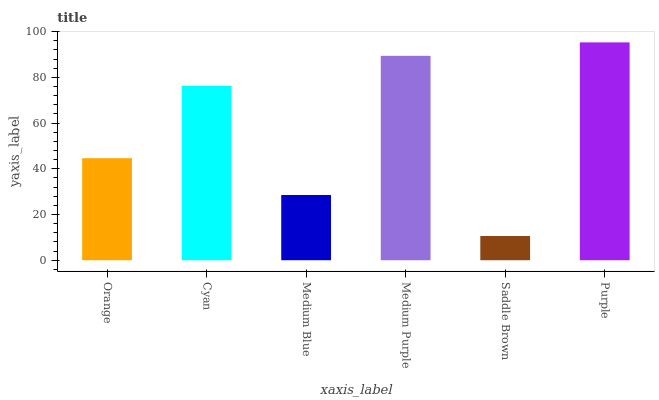
| xaxis_label | bars |
 | --- | --- |
 | Orange | 44.6 |
 | Cyan | 76.3 |
 | Medium Blue | 28.5 |
 | Medium Purple | 89.4 |
 | Saddle Brown | 10.6 |
 | Purple | 95.3 |